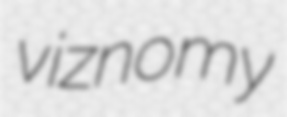
viznomy